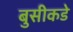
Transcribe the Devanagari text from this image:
बुसीकडे